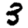
Digit: 3